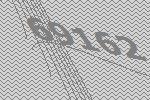
69162